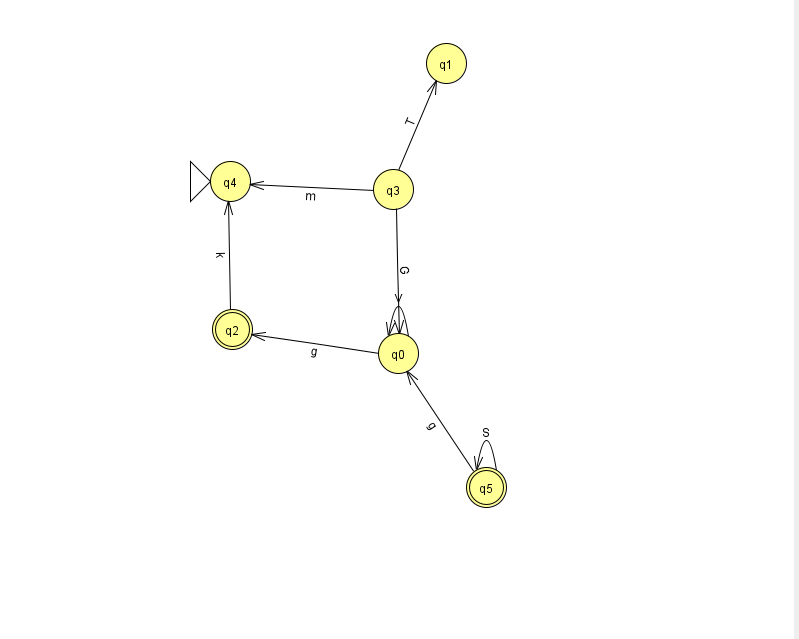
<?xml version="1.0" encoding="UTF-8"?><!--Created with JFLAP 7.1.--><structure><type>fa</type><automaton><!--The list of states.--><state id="0" name="q0"><x>398.0</x><y>340.0</y></state><state id="1" name="q1"><x>446.0</x><y>50.0</y></state><state id="2" name="q2"><x>232.0</x><y>316.0</y><final/></state><state id="3" name="q3"><x>393.0</x><y>176.0</y></state><state id="4" name="q4"><x>230.0</x><y>168.0</y><initial/></state><state id="5" name="q5"><x>486.0</x><y>474.0</y><final/></state><!--The list of transitions.--><transition><from>5</from><to>5</to><read>S</read></transition><transition><from>0</from><to>0</to><read>V</read></transition><transition><from>0</from><to>2</to><read>g</read></transition><transition><from>3</from><to>4</to><read>m</read></transition><transition><from>3</from><to>0</to><read>G</read></transition><transition><from>5</from><to>0</to><read>g</read></transition><transition><from>2</from><to>4</to><read>k</read></transition><transition><from>3</from><to>1</to><read>T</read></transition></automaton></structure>